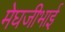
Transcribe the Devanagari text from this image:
मेघजीभाई